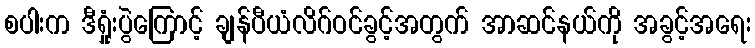
စပါးက ဒီရှုံးပွဲကြောင့် ချန်ပီယံလိဂ်ဝင်ခွင့်အတွက် အာဆင်နယ်ကို အခွင့်အရေး